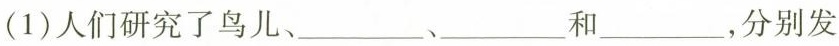
(1)人们研究了鸟儿、___、___和___，分别发